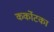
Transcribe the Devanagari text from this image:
कर्कोटका